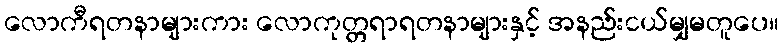
လောကီရတနာများကား လောကုတ္တရာရတနာများနှင့် အနည်းငယ်မျှမတူပေ။